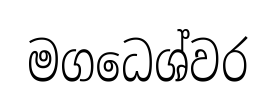
මගධෙශ්වර